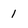
Character: 1